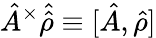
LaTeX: \hat{{A}}^{\times}\hat{{\hat{\rho}}}\equiv[\hat{{A}},{\hat{\rho}}]